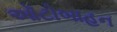
ઑટોબાહન